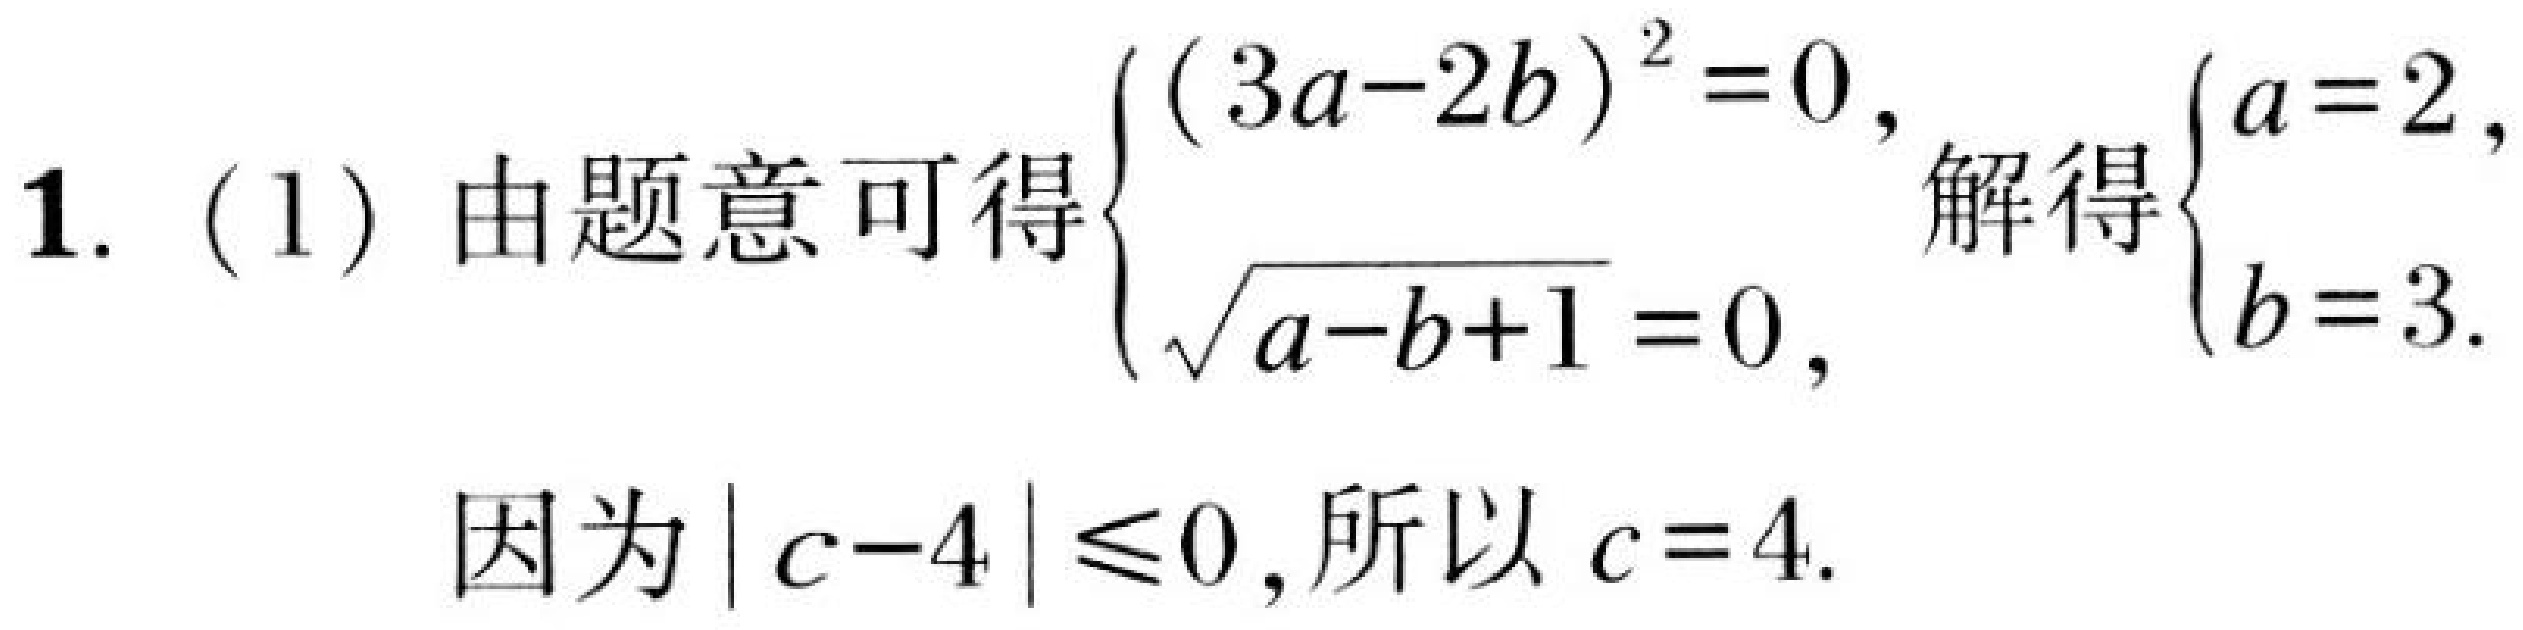
1. (1) 由题意可得\(\begin{cases}(3a - 2b)^2 = 0,\\\sqrt{a - b + 1} = 0,\end{cases}\)解得\(\begin{cases}a = 2,\\b = 3.\end{cases}\)

因为\(\vert c - 4\vert\leqslant0\)，所以\(c = 4\).